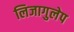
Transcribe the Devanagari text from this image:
लिजागुलेप